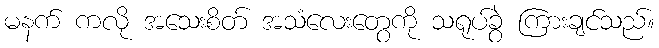
မနက် ကလို အသေးစိတ် အသံလေးတွေကို သရုပ်ခွဲ ကြားချင်သည်။